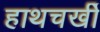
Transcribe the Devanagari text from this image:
हाथचर्खी